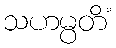
သဟမ္ပတိံ